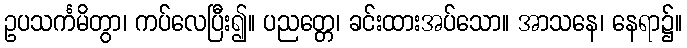
ဥပသင်္ကမိတွာ၊ ကပ်လေပြီး၍။ ပညတ္တေ၊ ခင်းထားအပ်သော။ အာသနေ၊ နေရာ၌။